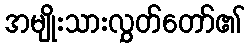
အမျိုးသားလွှတ်တော်၏